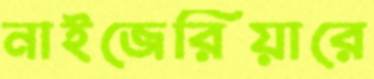
নাইজেরিয়ারে